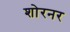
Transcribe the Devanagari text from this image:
शोरनर